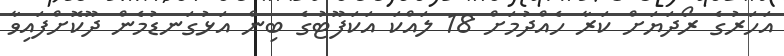
އަހަރުގެ ރޯދަޔަށް ކަރާ ހެއްދުމަށް 18 ލައްކަ އަކަފޫޓުގެ ބިން އަޅުގަނޑުމެން ދޫކޮށްފައިވާ